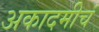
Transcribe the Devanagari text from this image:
अकादमीचं